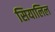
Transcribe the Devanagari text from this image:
सियालिल